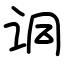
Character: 𫍣